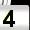
Digit: 4